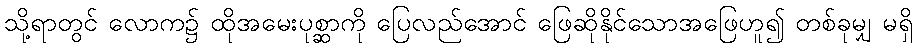
သို့ရာတွင် လောက၌ ထိုအမေးပုစ္ဆာကို ပြေလည်အောင် ဖြေဆိုနိုင်သောအဖြေဟူ၍ တစ်ခုမျှ မရှိ